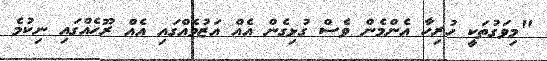
"މިވަގުތަކީ ހުރިހާ އެންމެން ވެސް ގުޅިގެން އެއް އަޒުމެއްގައި އެއް ރޫހެއްގައި ނިކުމެ